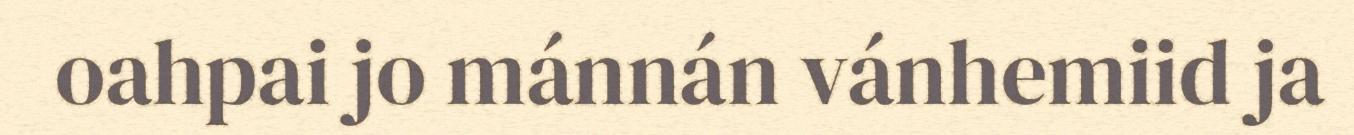
oahpai jo mánnán vánhemiid ja